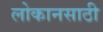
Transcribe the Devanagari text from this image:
लोकानसाठी